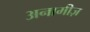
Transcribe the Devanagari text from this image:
अनामीज़